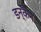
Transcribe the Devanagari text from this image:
डन्कैन